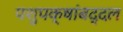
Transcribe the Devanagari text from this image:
पशुपक्षांबद्दल